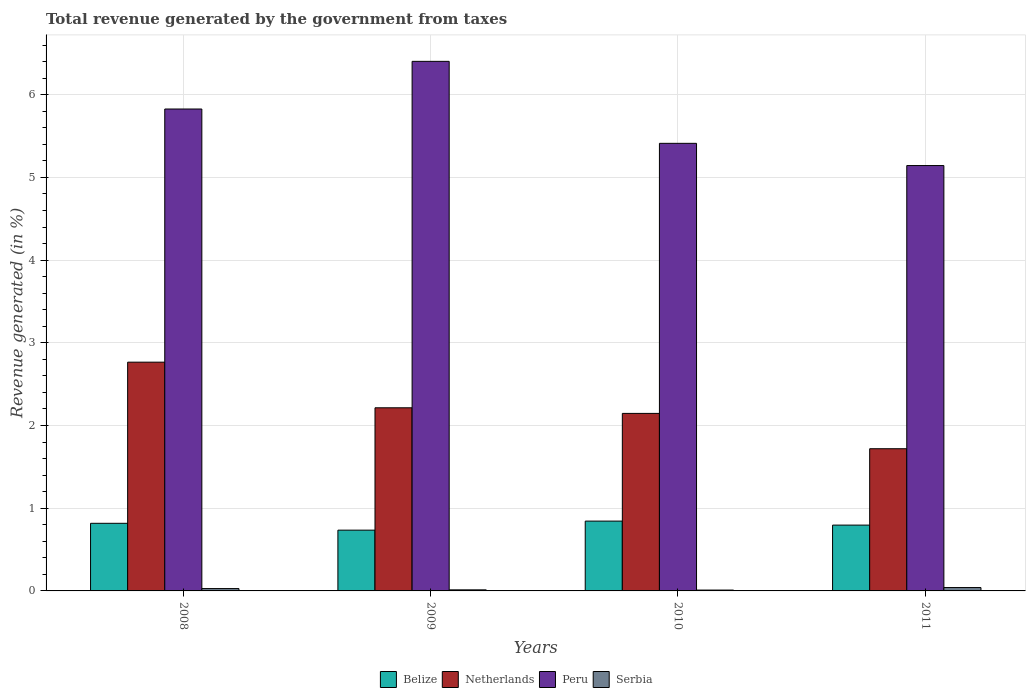
| Years | Belize | Netherlands | Peru | Serbia |
 | --- | --- | --- | --- | --- |
 | 2008 | 0.817 | 2.77 | 5.83 | 0.0284 |
 | 2009 | 0.735 | 2.21 | 6.4 | 0.013 |
 | 2010 | 0.844 | 2.15 | 5.41 | 0.0104 |
 | 2011 | 0.796 | 1.72 | 5.14 | 0.0406 |